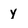
Character: y